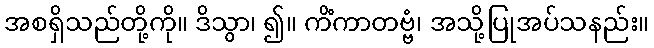
အစရှိသည်တို့ကို။ ဒိသွာ၊ ၍။ ကိံကာတဗ္ဗံ၊ အသို့ပြုအပ်သနည်း။